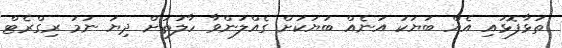
ތަޅާފޮޅައި އެއް ބަޔަކު އަނެއް ބަޔަކަށް ގެއްލުންވާ ހާލަތަށް ދިޔަ ނަމަ ރިގްރެޓް